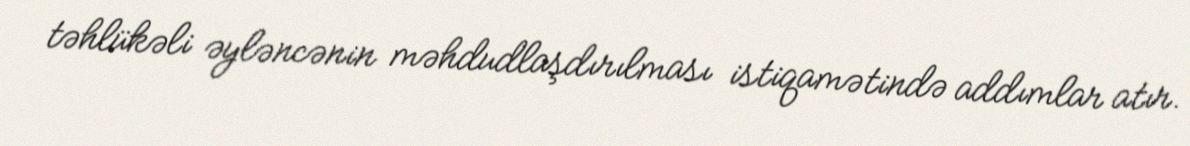
təhlükəli əyləncənin məhdudlaşdırılması istiqamətində addımlar atır.